Indian journal of veterinary science and animal husbandry - Volumes 22-23, 1952-1953
Year: 1952
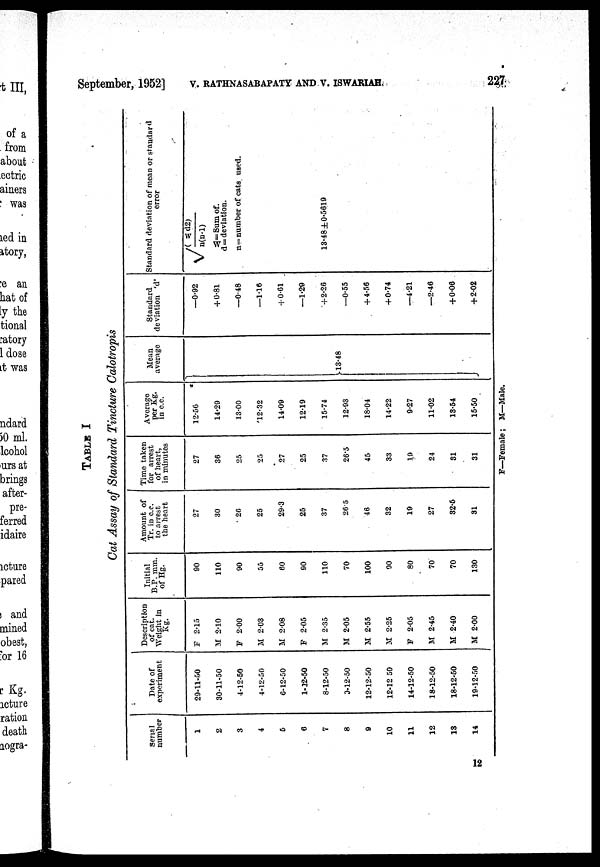
September, 1952] V. RATHNASABAPATY AND V. ISWARIAH
227
TABLE I
Cat Assay of Standard Tincture Calotropis
serial
number
1
2
3
4
5
6
7
8
9
10
11
12
13
14
Date of
experiment
29-11-50
30-11-50
4-12-50
4-12-50
6-12-50
1-32-50
8-12-50
3-12-50
12-12-50
12-12 50
14-12-50
18-12-50
18-12-50
19-12-50
Description
of cat.
Weight in
Kg.
F
2.15
M 2.10
F 2.00
M 2.03
M 2.08
F 2.05
M 2.35
M 2.05
M 2.55
M 2.25
F 2.05
M 2.45
M 2.40
M 2.00
Initial
B.P. mm.
of Hg.
90
110
90
55
60
90
110
70
100
90
80
70
70
130
Amount of
Tr. in c.c.
to arrest
the heart
27
30
26
25
29.3
25
37
26.5
46
32
19
27
32.6
31
Time taken
for arrest
of heart,
in minutes
27
36
25
25
27
25
37
26.5
45
33
19
24
81
31
Average
per Kg.
in c.c.
12.56
14.29
13.00
12.32
14.09
12.19
15.74
12.93
18.04
14.22
9.27
11.02
13.54
15.50
Mean
average
13.48
Standard
deviation 'd'
—0.92
+ 0-81
—0.48
—1.16
+ 0.61
—1.29
+2.26
—0.55
+ 4.56
+ 0.74
—4.21
—2.46
+ 0.06
+2.02
Standard deviation of mean or standard
error
√(w d2)/n(n-l)
w=Sum of.
d= deviation.
n=number of cats used.
13.48±0.5619
F—Female; M—Male.
12